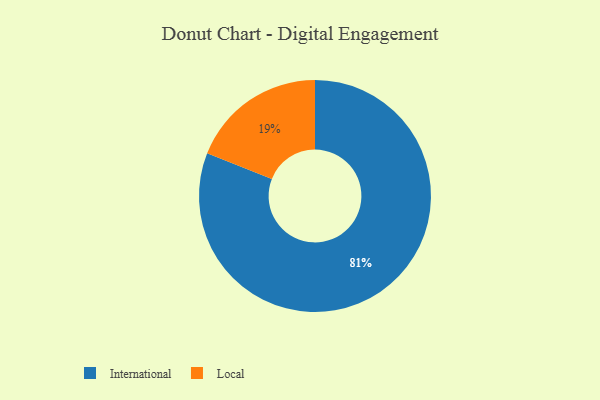
{"axis": {"x": "Category", "y": "Percentage"}, "legend": ["International", "Local"], "data": [{"x": "International", "y": 81, "type": "International"}, {"x": "Local", "y": 19, "type": "Local"}]}